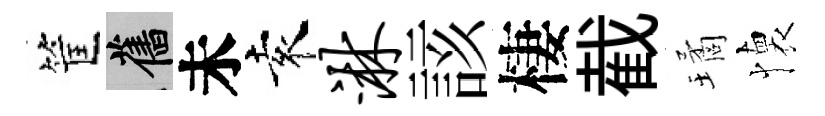
筐舊未袁淋該棲截璚懐